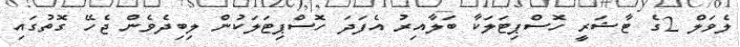
ލެވަލް 2ގެ ޓާޝަރީ ހޮސްޕިޓަލަކާ ބަލާއިރު އެފަދަ ހޮސްޕިޓަލަކުން ލިބިދެވެން ޖެހޭ ގޮތުގައި